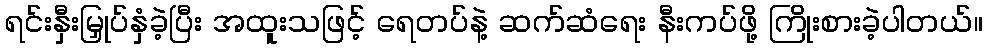
ရင်းနှီးမြှုပ်နှံခဲ့ပြီး အထူးသဖြင့် ရေတပ်နဲ့ ဆက်ဆံရေး နီးကပ်ဖို့ ကြိုးစားခဲ့ပါတယ်။